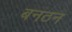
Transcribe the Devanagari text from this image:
बनठन